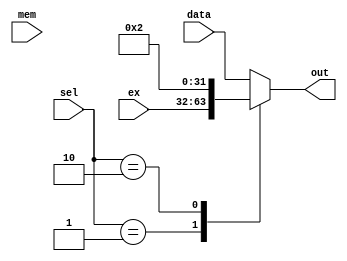
`timescale 1ns / 1ps

//
//////////////////////////////////////////////////////////////////////////////////
module FourToOne_Mux(
	input wire [31:0] data,
	input wire [31:0] ex,
	input wire [31:0] mem,
	input wire [1:0] sel,
	output reg [31:0] out
    );
	 
	localparam [1:0]	DATA = 2'b00,
							EX = 2'b01,
							MEM = 2'b10;
	 
	always @ *  begin
		case (sel) 
			DATA: out = data;
			EX: out = ex;
			MEM: out = MEM;
			default: out = data;
		endcase
	end 
endmodule